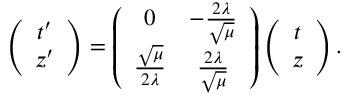
\left( \begin{array} { c } { { t ^ { \prime } } } \\ { { z ^ { \prime } } } \end{array} \right) = \left( \begin{array} { c c } { { 0 } } & { { - \frac { 2 \lambda } { \sqrt { \mu } } } } \\ { { \frac { \sqrt { \mu } } { 2 \lambda } } } & { { \frac { 2 \lambda } { \sqrt { \mu } } } } \end{array} \right) \left( \begin{array} { c } { { t } } \\ { { z } } \end{array} \right) .